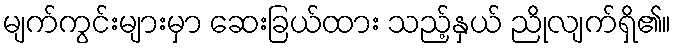
မျက်ကွင်းများမှာ ဆေးခြယ်ထား သည့်နှယ် ညိုလျက်ရှိ၏။